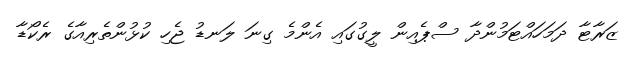
ޒަރާޓާ ދަމަހައްޓަމުންދާ ސްޕެއިން ލީގުގައި އެންމެ ގިނަ ލަނޑު ޖެހި ކުޅުންތެރިއާގެ ރެކޯޑާ